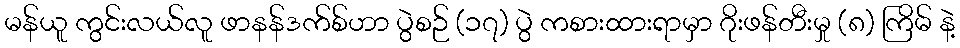
မန်ယူ ကွင်းလယ်လူ ဖာနန်ဒက်စ်ဟာ ပွဲစဉ် (၁၇) ပွဲ ကစားထားရာမှာ ဂိုးဖန်တီးမှု (၈) ကြိမ် နဲ့